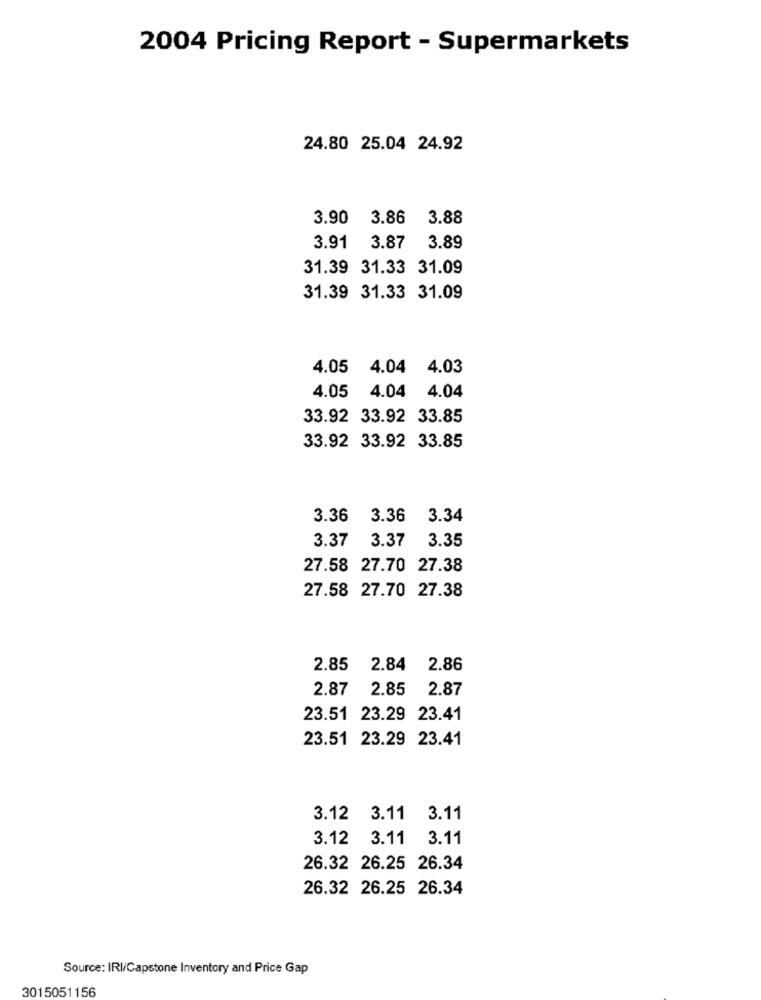
2004 Pricing Report - Supermarkets
24.80 25.04 24.92
3.90 3.86
3.88
3.91 3.87
3.89
31.39 31.33 31.09
31.39 31.33 31.09
4.05 4.04 4.03
4.05 4.04 4.04
33.92 33.92 33.85
33.92 33.92 33.85
3.36
3.36
3.34
3.37 3.37
3.35
27.58 27.70 27.38
27.58 27.70 27.38
2.85
2.84
2.86
2.87
2.85
2.87
23.51 23.29 23.41
23.51 23.29 23.41
3.12 3.11 3.11
3.12 3.11 3.11
26.32 26.25 26.34
26.32 26.25 26.34
Source: IRI/Capstone Inventory and Price Gap
3015051156